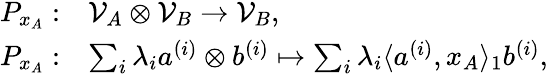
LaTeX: \begin{array}{r}{\begin{array}{rl}{P_{x_{A}}:}&{\mathcal{V}_{A}\otimes\mathcal{V}_{B}\to\mathcal{V}_{B},}\\ {P_{x_{A}}:}&{\sum_{i}\lambda_{i}a^{(i)}\otimes b^{(i)}\mapsto\sum_{i}\lambda_{i}\langle a^{(i)},x_{A}\rangle_{1}b^{(i)},}\end{array}}\end{array}